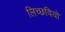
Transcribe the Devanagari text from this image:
लिच्छवियो